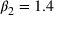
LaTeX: \beta _ { 2 } = 1 . 4